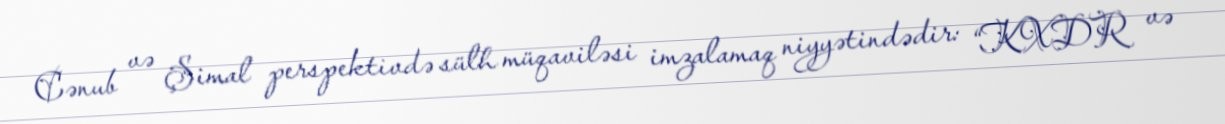
Cənub və Şimal perspektivdə sülh müqaviləsi imzalamaq niyyətindədir: “KXDR və